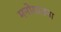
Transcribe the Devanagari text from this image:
मनोयातना